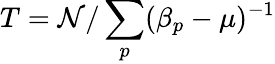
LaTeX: T=\mathcal{N}/\sum_{p}(\beta_{p}-\mu)^{-1}